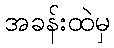
အခန်းထဲမှ